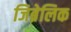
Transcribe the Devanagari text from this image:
जिब्रेलिक